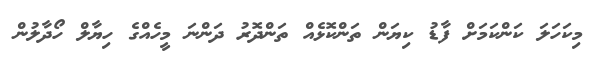
މިކަހަލަ ކަންކަމަށް ފާޑު ކިޔަން ތަންކޮޅެއް ތަންދޮރު ދަންނަ މީހެއްގެ ހިޔާލް ހޯދާލުން